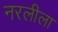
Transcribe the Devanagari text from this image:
नरलीला